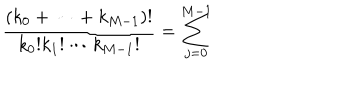
\frac { ( k _ { 0 } + \cdots + k _ { M - 1 } ) ! } { k _ { 0 } ! k _ { 1 } ! \cdots k _ { M - 1 } ! } = \sum _ { j = 0 } ^ { M - 1 }